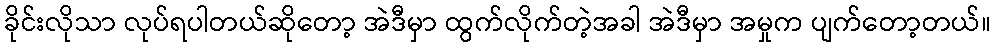
ခိုင်းလိုသာ လုပ်ရပါတယ်ဆိုတော့ အဲဒီမှာ ထွက်လိုက်တဲ့အခါ အဲဒီမှာ အမှုက ပျက်တော့တယ်။